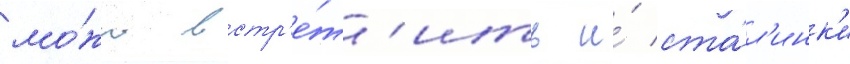
мо́жно встр'е́т'ить и́ ста́л'инк'и